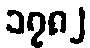
၁၇၈၂